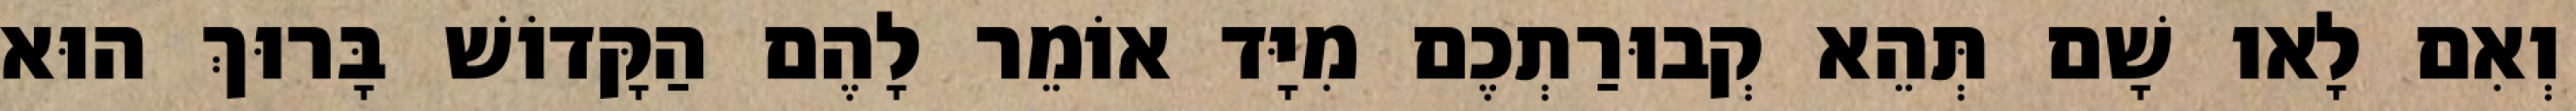
וְאִם לָאו שָׁם תְּהֵא קְבוּרַתְכֶם מִיָּד אוֹמֵר לָהֶם הַקָּדוֹשׁ בָּרוּךְ הוּא